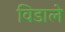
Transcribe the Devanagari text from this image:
विडाले